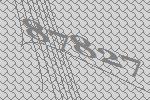
87827